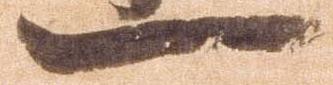
一